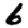
Digit: 6